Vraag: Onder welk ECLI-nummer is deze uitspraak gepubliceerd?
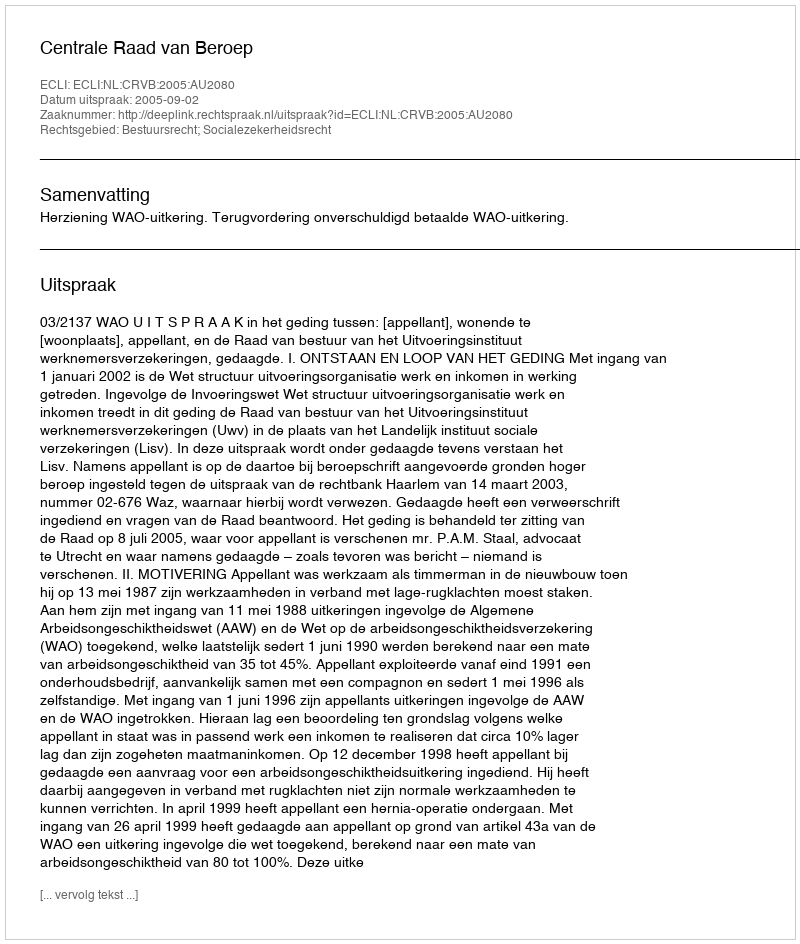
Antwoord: ECLI:NL:CRVB:2005:AU2080